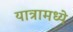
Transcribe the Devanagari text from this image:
यात्रामध्ये